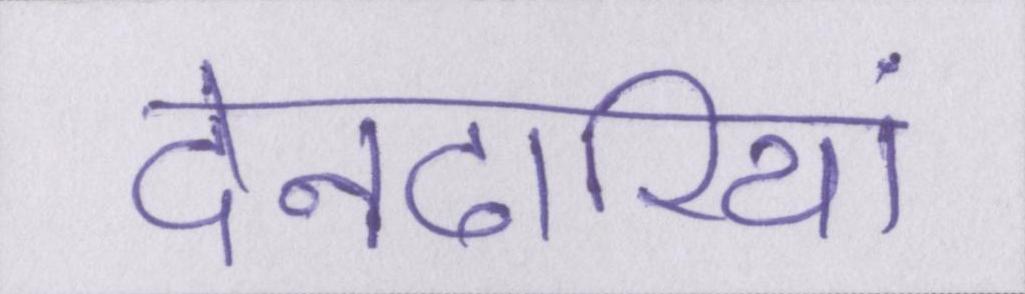
देनदारियां